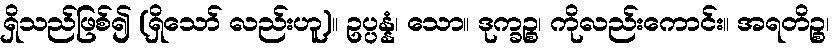
ရှိသည်ဖြစ်၍ (ရှိသော် လည်းဟူ)။ ဥပ္ပန္နံ၊ သော။ ဒုက္ခဉ္စ၊ ကိုလည်းကောင်း။ အရတိဉ္စ၊